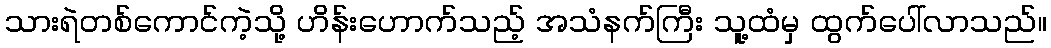
သားရဲတစ်ကောင်ကဲ့သို့ ဟိန်းဟောက်သည့် အသံနက်ကြီး သူ့ထံမှ ထွက်ပေါ်လာသည်။